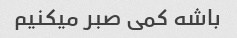
باشه کمی صبر میکنیم